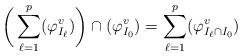
LaTeX: \begin{align*}\bigg(\sum_{\ell=1}^p(\varphi_{I_\ell}^v)\bigg)\cap(\varphi_{I_0}^v) = \sum_{\ell=1}^p(\varphi_{I_\ell\cap I_0}^v)\end{align*}